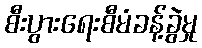
စီးပွားရေးစီမံခန့်ခွဲမှု